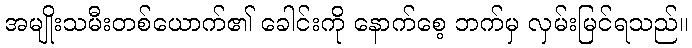
အမျိုးသမီးတစ်ယောက်၏ ခေါင်းကို နောက်စေ့ ဘက်မှ လှမ်းမြင်ရသည်။